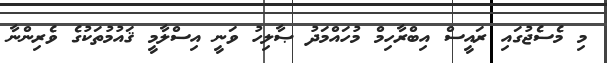
މި މެސެޖުގައި ރައީސް އިބްރާހިމް މުހައްމަދު ޞާލިހު ވަނީ އިސްލާމީ ޤައުމުތަކުގެ ވެރިންނާ